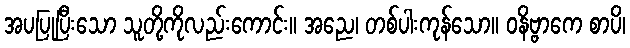
အပပြုပြီးသော သူတို့ကိုလည်းကောင်း။ အညေ၊ တစ်ပါးကုန်သော။ ဝနိဗ္ဗာကေ စာပိ၊